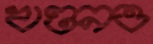
খণ্ডনও